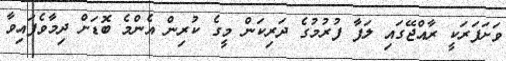
ވަށަފަރަކީ ރާއްޖޭގައި ލަފާ ފުރުމުގެ ދަރިކަން މީގެ ކުރިން އެންމެ ބޮޑަށް ދިމާވެފައިވާ